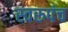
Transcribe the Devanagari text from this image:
स्वरुपंच